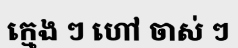
ក្មេង ៗ ហៅ ចាស់ ៗ